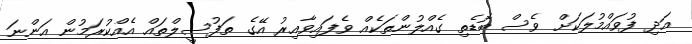
އަދި ފުވައްމުލަކަށް ވެސް ބޮޑެތި ގެއްލުންތަކެއް ވެފައިވާއިރު އޭގެ ތަފުސީލްތައް އެއްކުރަމުން އަންނަ